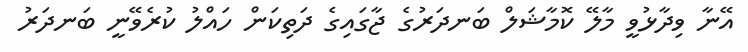
އޭނާ ވިދާޅުވީ މާލޭ ކޮމާޝަލް ބަނދަރުގެ ޖާގައިގެ ދަތިކަން ހައްލު ކުރެވޭނީ ބަނދަރު